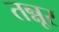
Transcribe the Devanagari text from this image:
तन्नूर